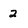
Character: 2